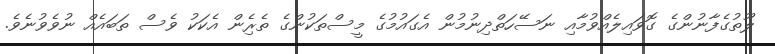
ލޫތުގެފާނުންގެ ގޮވައިލެއްވުމާއި ނަސޭހަތްދިނުމުން އެގައުމުގެ މީސްތަކުންގެ ތެރެިން އެކަކު ވެސް ތަބައެއް ނުވެވުނެވެ.